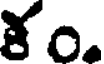
కం.